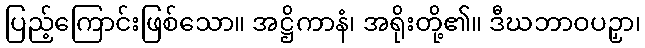
ပြည့်ကြောင်းဖြစ်သော။ အဋ္ဌိကာနံ၊ အရိုးတို့၏။ ဒီဃဘာဝပဉှာ၊